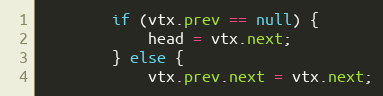
Language: Java
        if (vtx.prev == null) {
            head = vtx.next;
        } else {
            vtx.prev.next = vtx.next;